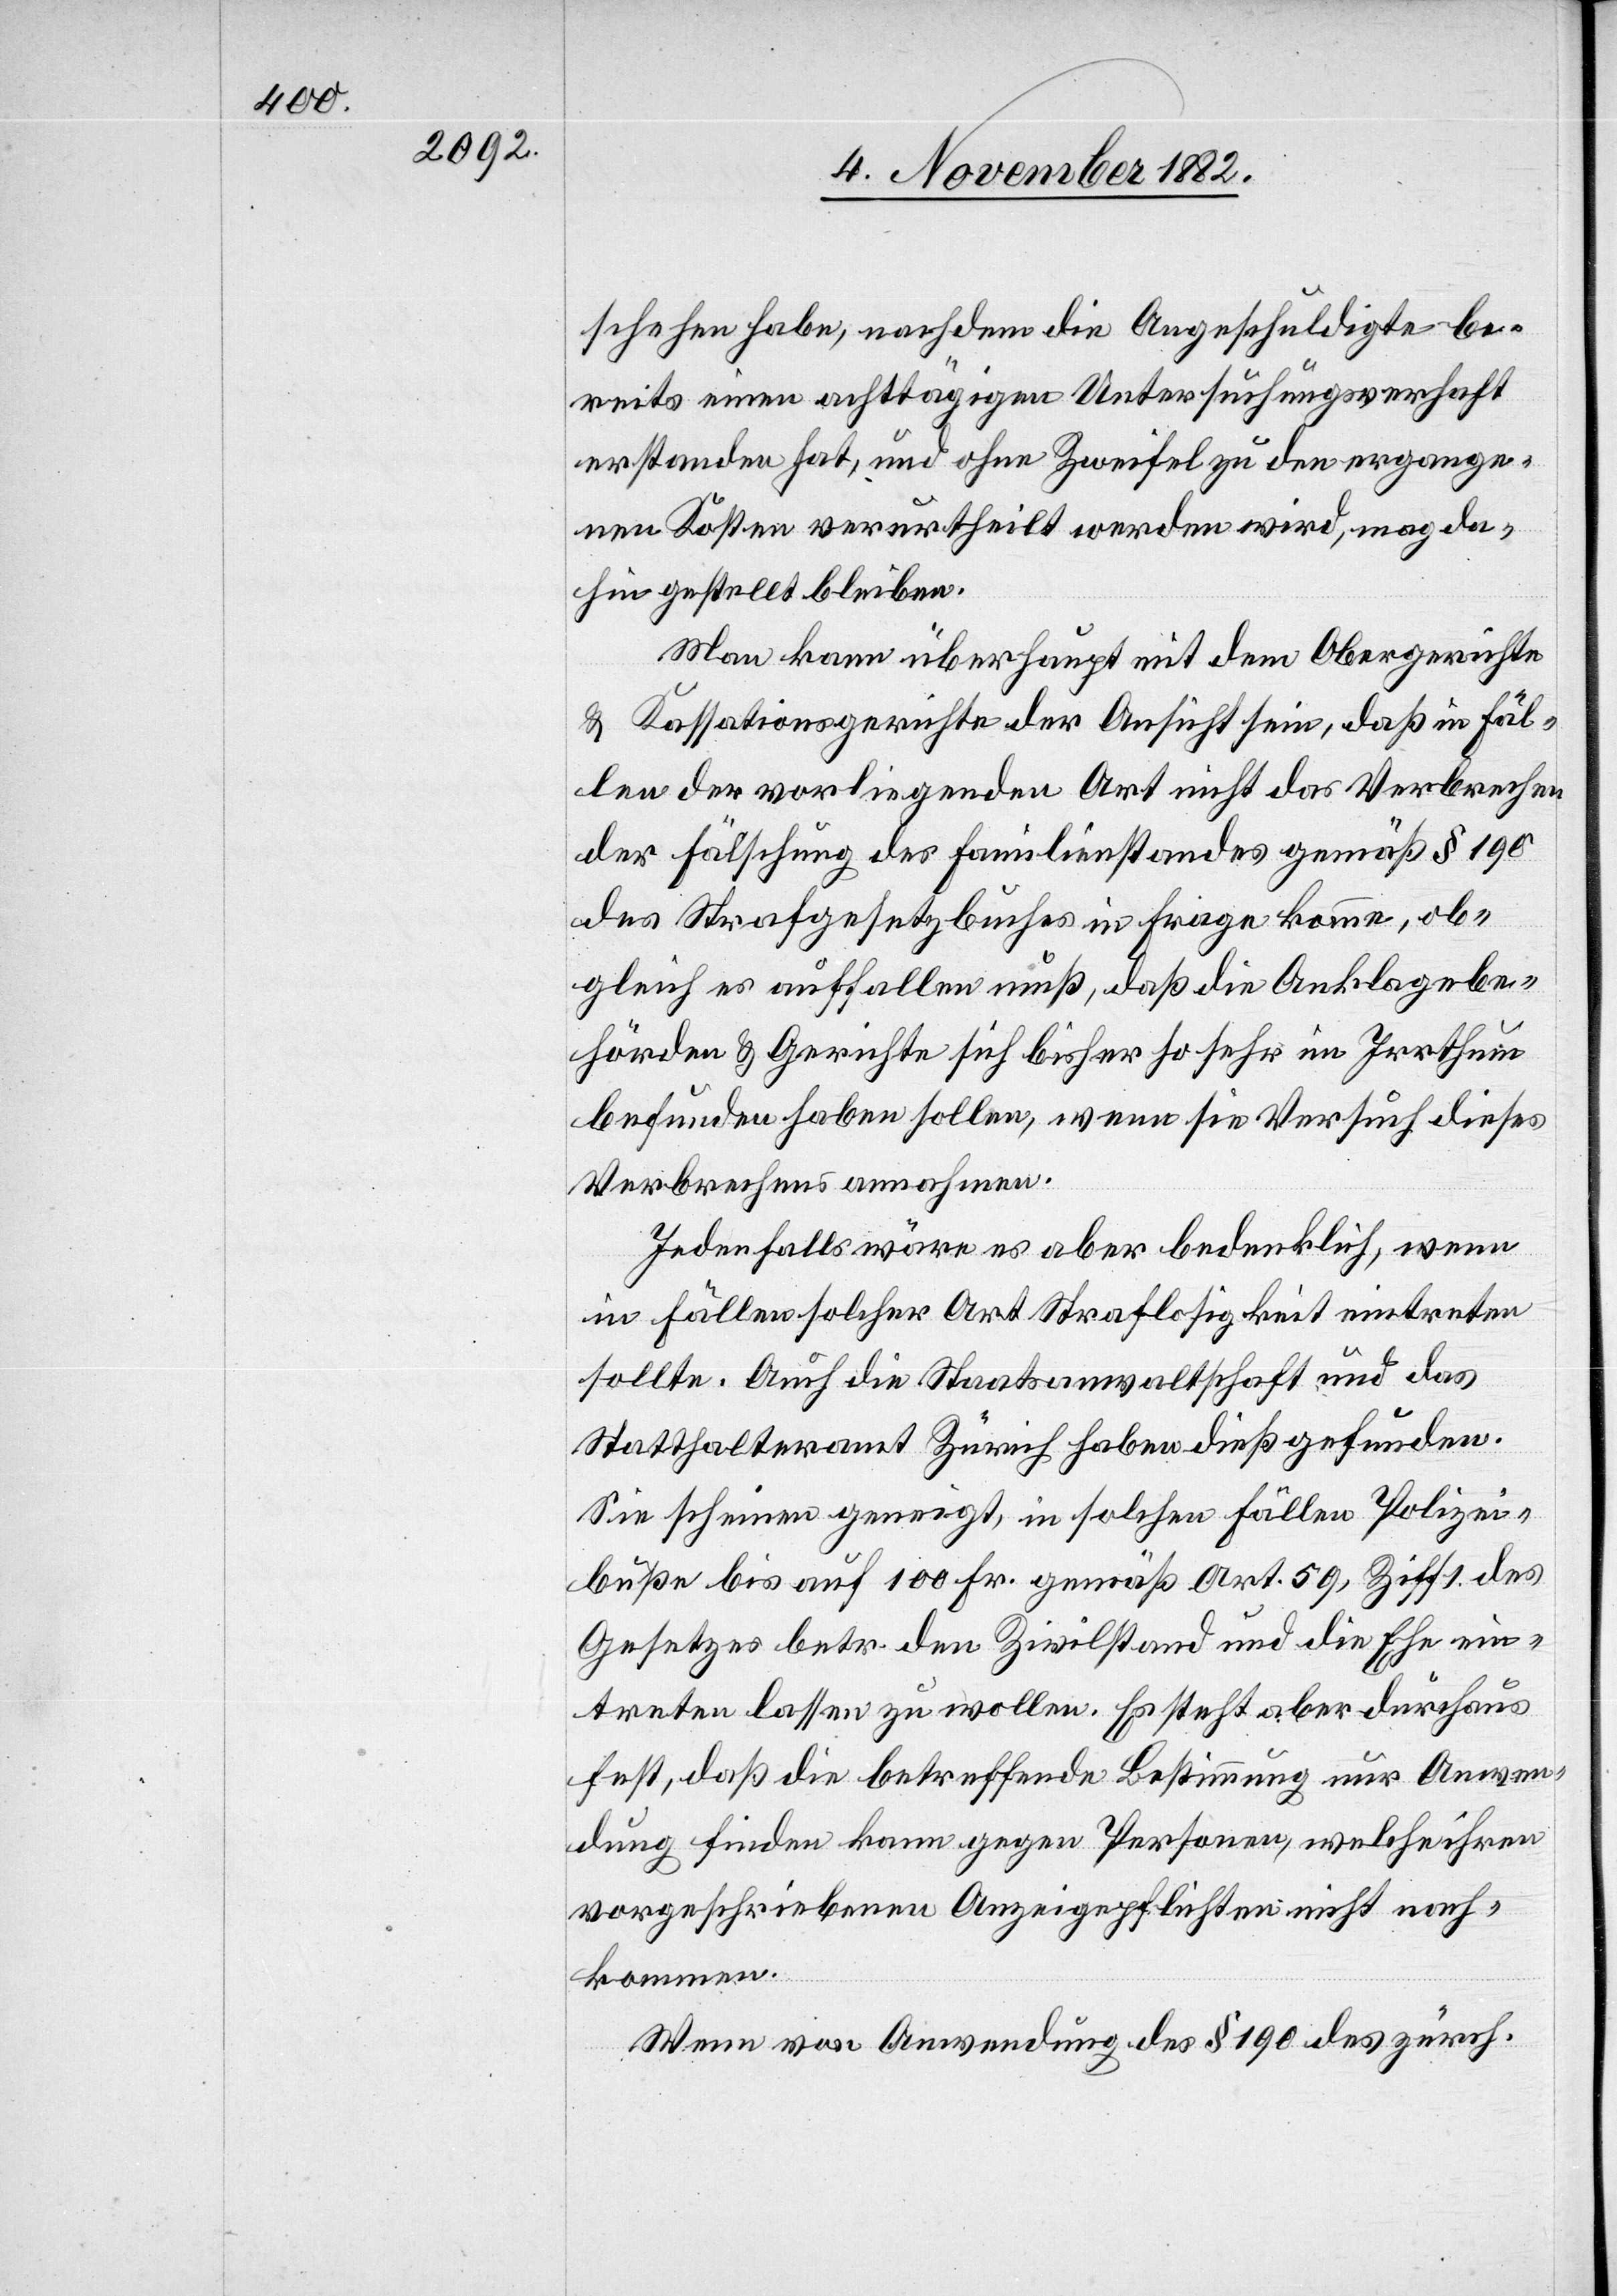
schehen habe, nachdem die Angeschuldigte be¬
reits einen achttägigen Untersuchungsverhaft
erstanden hat, und ohne Zweifel zu den ergange¬
nen Kosten verurtheilt werden wird, mag da¬
hin gestellt bleiben.
Man kann überhaupt mit dem Obergerichte
& Kassationsgerichte der Ansicht sein, daß in Fäl¬
len der vorliegenden Art nicht das Verbrechen
der Fälschung des Familienstandes gemäß § 190
des Strafgesetzbuches in Frage komme, ob¬
gleich es auffallen muß, daß die Anklagebe¬
hörden & Gerichte sich bisher so sehr im Irrthum
befunden haben sollen, wenn sie Versuch dieses
Verbrechens annahmen.
Jedenfalls wäre es aber bedenklich, wenn
in Fällen solcher Art Straflosigkeit eintreten
sollte. Auch die Staatsanwaltschaft und das
Statthalteramt Zürich haben dieß gefunden.
Sie scheinen geneigt, in solchen Fällen Polizei¬
buße bis auf 100 Fr. gemäß Art. 59, Ziff. 1 des
Gesetzes betr. den Zivilstand und die Ehe ein¬
treten lassen zu wollen. Es steht aber durchaus
fest, daß die betreffende Bestimmung nur Anwen¬
dung finden kann gegen Personen, welche ihren
vorgeschriebenen Anzeigepflichten nicht nach¬
kommen.
Wenn von Anwendung des § 190 des zürch.